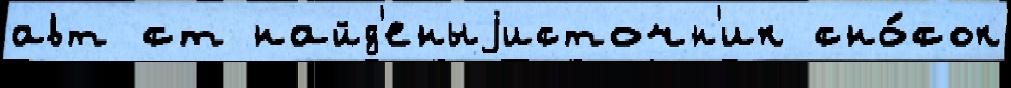
авт ст найд'еныjисточн'ик сно́сок